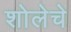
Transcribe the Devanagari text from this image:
शोलेचे